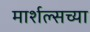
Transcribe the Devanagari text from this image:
मार्शल्सच्या